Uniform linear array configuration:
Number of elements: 32
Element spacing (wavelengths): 0.25
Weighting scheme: binomial
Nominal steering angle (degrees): -60
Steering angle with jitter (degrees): -58.288
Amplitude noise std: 0.05
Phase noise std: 0.05

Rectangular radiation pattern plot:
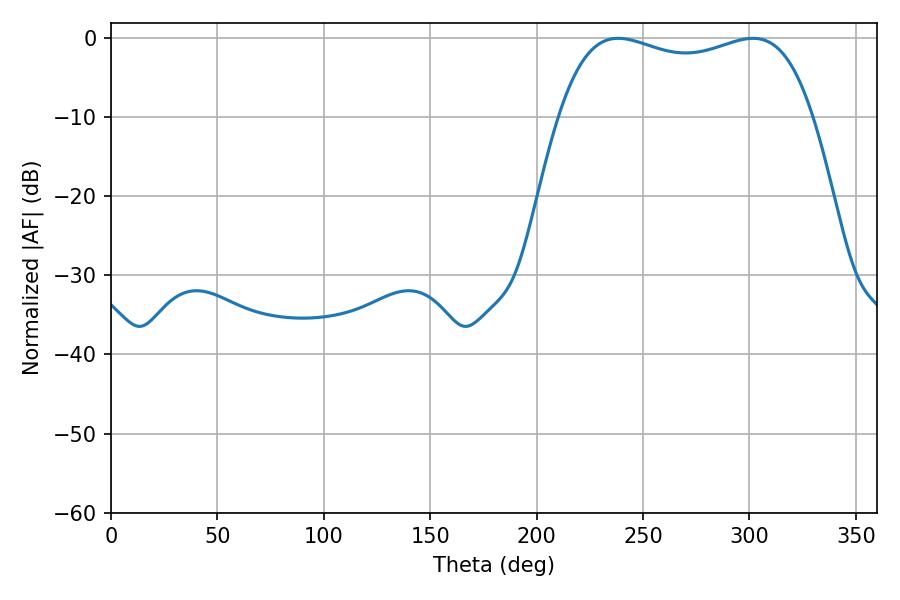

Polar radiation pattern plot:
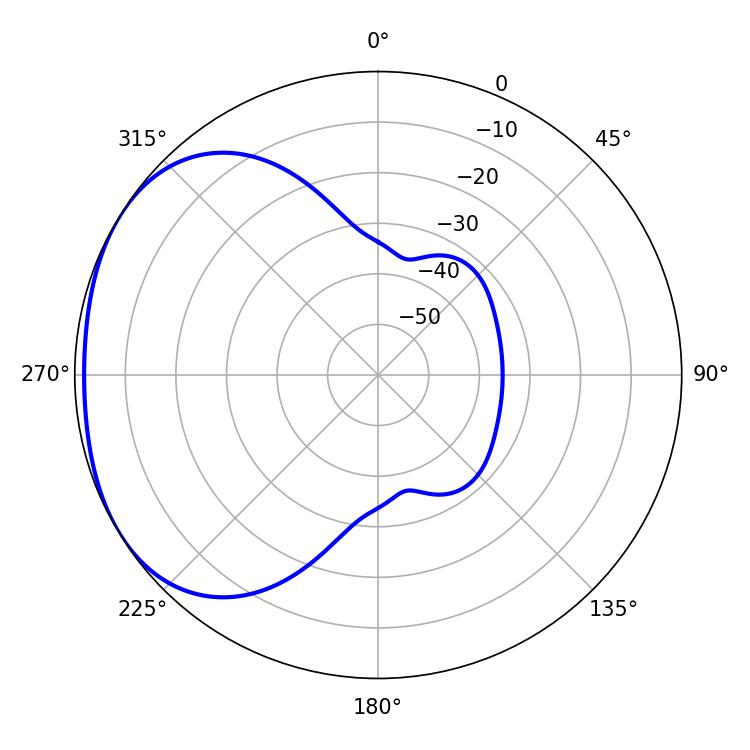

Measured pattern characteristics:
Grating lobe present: FALSE
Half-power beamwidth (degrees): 97.2
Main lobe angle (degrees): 238.32